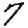
Digit: 7